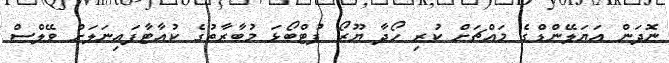
ނޮދަން އަޔަލޭންޑްގެ މައްޗަށް ކުރި ހޯދާ ޔޫރޯ ފުޓްބޯޅަ މުބާރާތުގެ ކުއާޓާފައިނަލަށް ވޭލްސް